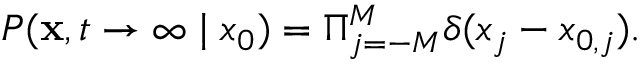
P ( \mathbf { x } , t \rightarrow \infty \mid x _ { 0 } ) = \Pi _ { j = - M } ^ { M } \delta ( x _ { j } - x _ { 0 , j } ) .